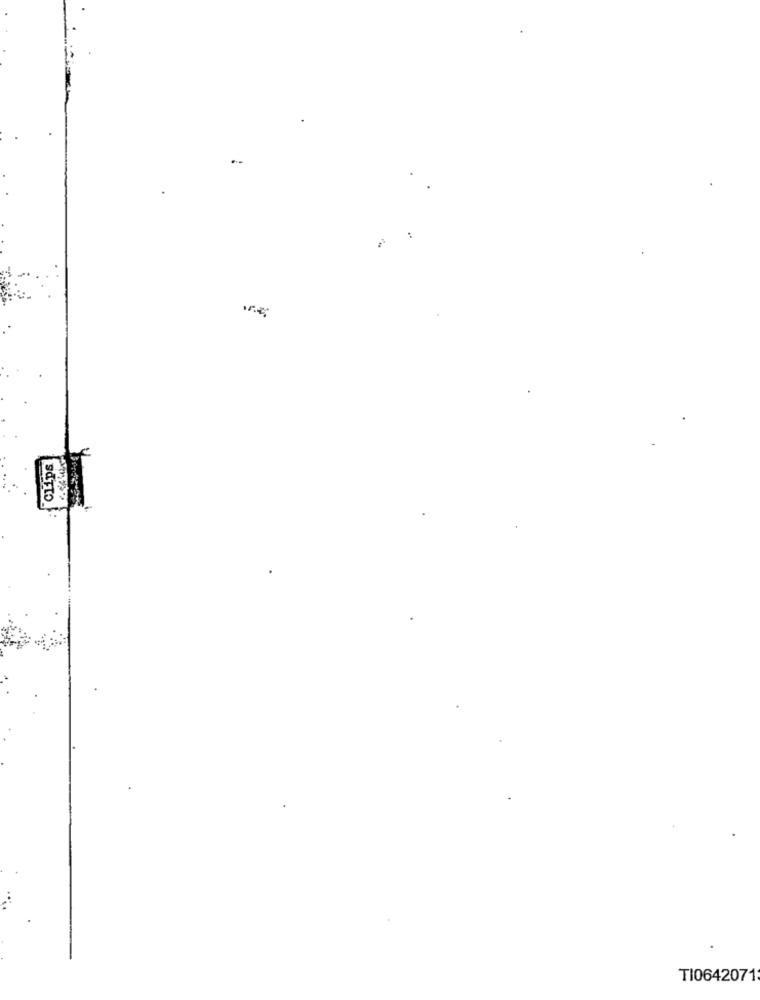
Clips
TI0642071